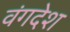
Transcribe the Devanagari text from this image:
वंगदेश